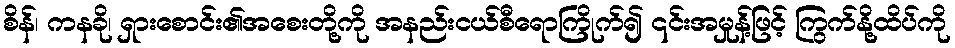
စိန်၊ ကနခို၊ ရှားစောင်း၏အစေးတို့ကို အနည်းငယ်စီရောကြိုက်၍ ၎င်းအမှုန့်ဖြင့် ကြွက်နို့ထိပ်ကို